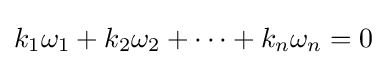
k_{1}\omega _{1}+k_{2}\omega _{2}+\cdots +k_{n}\omega _{n}=0